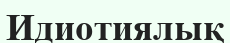
Идиотиялық